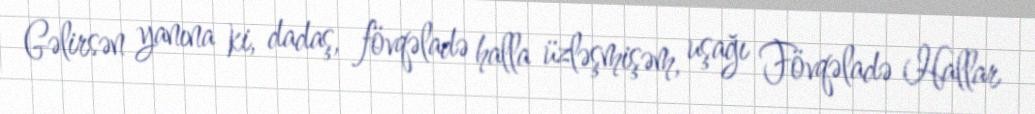
Gəlirsən yanına ki, dadaş, fövqəladə halla üzləşmişəm, uşağı Fövqəladə Hallar